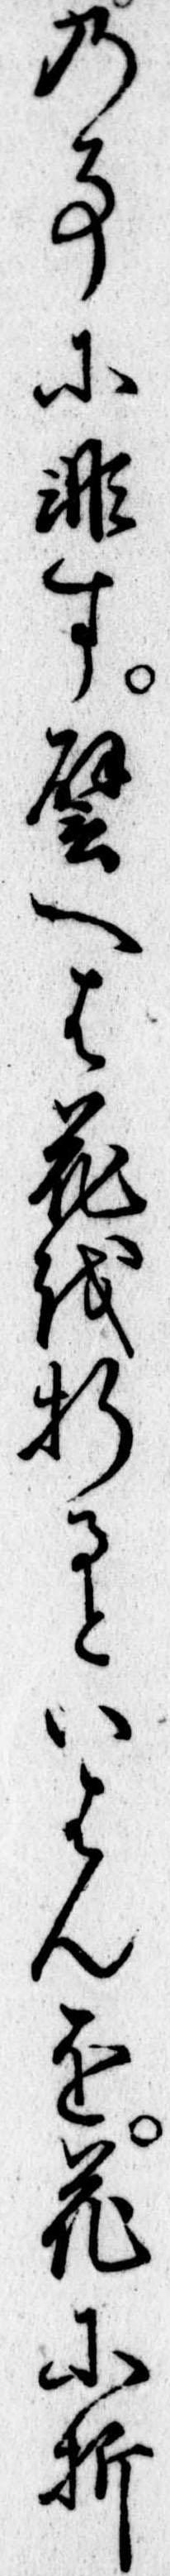
の事に非す譬へは花を折るといはんを花に折